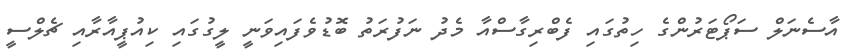
އާސެނަލް ސަޕޯޓަރުންގެ ހިތުގައި ފެބްރިގާސްއާ މެދު ނަފުރަތު ބޮޑުވެފައިވަނީ ލީގުގައި ކިއުޕީއާރާއި ޗެލްސީ